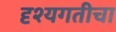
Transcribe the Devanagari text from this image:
दृश्यगतीचा